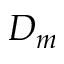
D _ { m }